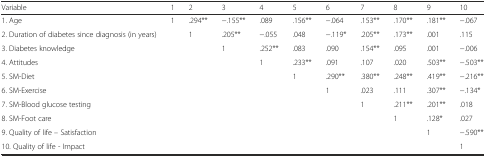
| Variable | 1 | 2 | 3 | 4 | 5 | 6 | 7 | 8 | 9 | 10 |
 | --- | --- | --- | --- | --- | --- | --- | --- | --- | --- | --- |
 | 1. Age | 1 | .294** | −.155** | .089 | .156** | −.064 | .153** | .170** | .181** | −.067 |
 | 2. Duration of diabetes since diagnosis (in years) |  | 1 | .205** | −.055 | .048 | −.119* | .205** | .173** | .001 | .115 |
 | 3. Diabetes knowledge |  |  | 1 | .252** | .083 | .090 | .154** | .095 | .001 | −.006 |
 | 4. Attitudes |  |  |  | 1 | .233** | .091 | .107 | .020 | .503** | −.503** |
 | 5. SM-Diet |  |  |  |  | 1 | .290** | .380** | .248** | .419** | −.216** |
 | 6. SM-Exercise |  |  |  |  |  | 1 | .023 | .111 | .307** | −.134* |
 | 7. SM-Blood glucose testing |  |  |  |  |  |  | 1 | .211** | .201** | .018 |
 | 8. SM-Foot care |  |  |  |  |  |  |  | 1 | .128* | .027 |
 | 9. Quality of life – Satisfaction |  |  |  |  |  |  |  |  | 1 | −.590** |
 | 10. Quality of life - Impact |  |  |  |  |  |  |  |  |  | 1 |